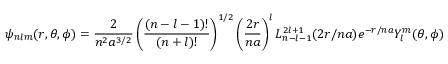
\psi _ { n l m } ( r , \theta , \phi ) = \frac { 2 } { n ^ { 2 } a ^ { 3 / 2 } } \left( \frac { ( n - l - 1 ) ! } { ( n + l ) ! } \right) ^ { 1 / 2 } \left( \frac { 2 r } { n a } \right) ^ { l } L _ { n - l - 1 } ^ { 2 l + 1 } ( 2 r / n a ) e ^ { - r / n a } Y _ { l } ^ { m } ( \theta , \phi )